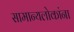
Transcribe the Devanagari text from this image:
सामान्यलोकांना